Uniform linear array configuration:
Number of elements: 4
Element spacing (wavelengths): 0.25
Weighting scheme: exponential
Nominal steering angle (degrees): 60
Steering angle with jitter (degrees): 58.631
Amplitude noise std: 0.05
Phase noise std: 0.05

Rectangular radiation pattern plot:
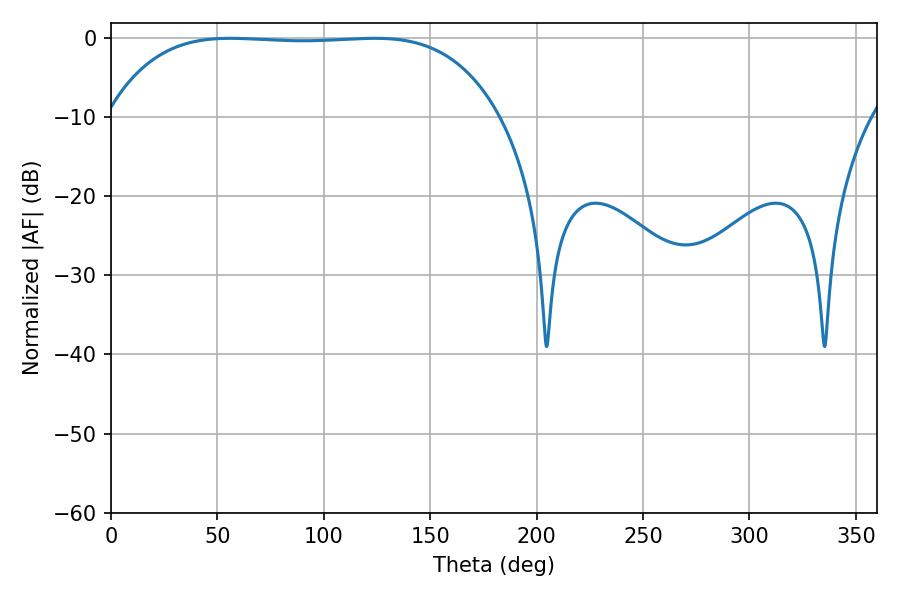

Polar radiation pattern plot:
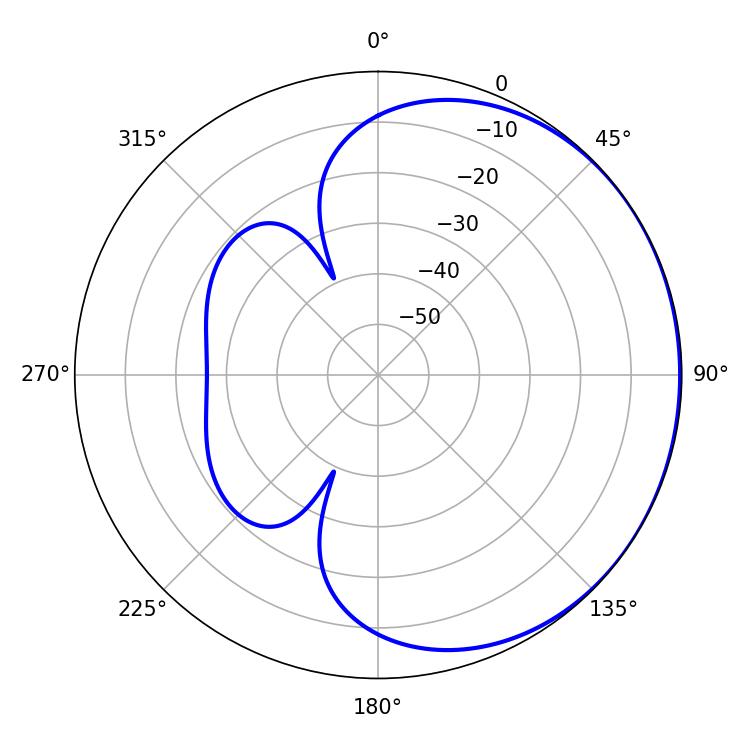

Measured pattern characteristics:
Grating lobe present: FALSE
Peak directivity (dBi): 0.4987
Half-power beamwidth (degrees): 143.64
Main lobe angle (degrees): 55.98